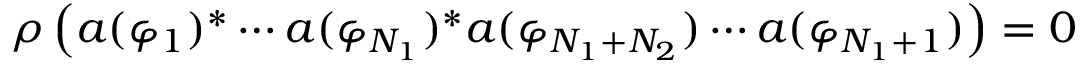
\rho \left( a ( \varphi _ { 1 } ) ^ { \ast } \cdots a ( \varphi _ { N _ { 1 } } ) ^ { \ast } a ( \varphi _ { N _ { 1 } + N _ { 2 } } ) \cdots a ( \varphi _ { N _ { 1 } + 1 } ) \right) = 0